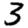
Digit: 3